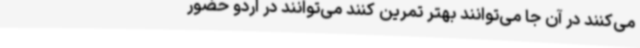
می‌کنند در آن جا می‌توانند بهتر تمرین کنند می‌توانند در اردو حضور